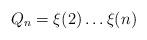
LaTeX: \begin{align*} Q_n = \xi(2) \dots \xi(n)\end{align*}